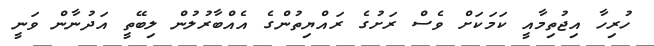
ހުރިހާ އިޖުތިމާއީ ކަމަކަށް ވެސް ރަށުގެ ރައްޔިތުންގެ އެއްބާރުލުން ލިބޭތީ އަދުނާން ވަނީ